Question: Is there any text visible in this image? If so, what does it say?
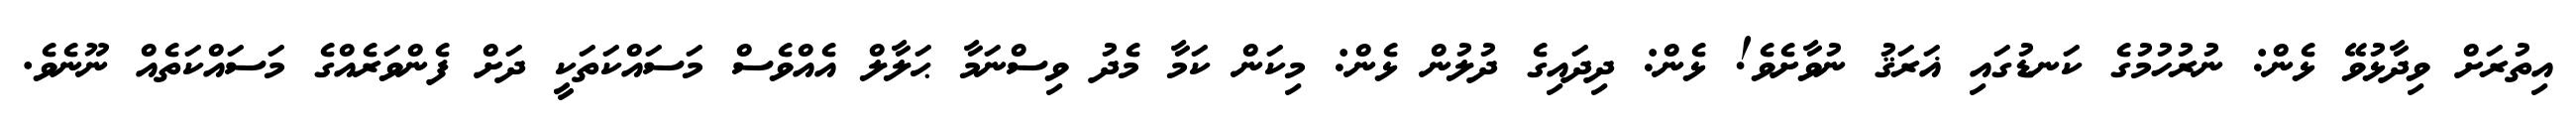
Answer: އިތުރަށް ވިދާޅުވޭ ޅެން: ނުރުހުމުގެ ކަނޑުގައި ޣަރަޤު ނުވާށެވެ! ޅެން: ދިދައިގެ ދުލުން ޅެން: މިކަން ކަމާ މެދު ވިސްނަމާ ޙަލާލް އެއްވެސް މަސައްކަތަކީ ދަށް ފެންވަރެއްގެ މަސައްކަތެއް ނޫނެވެ.